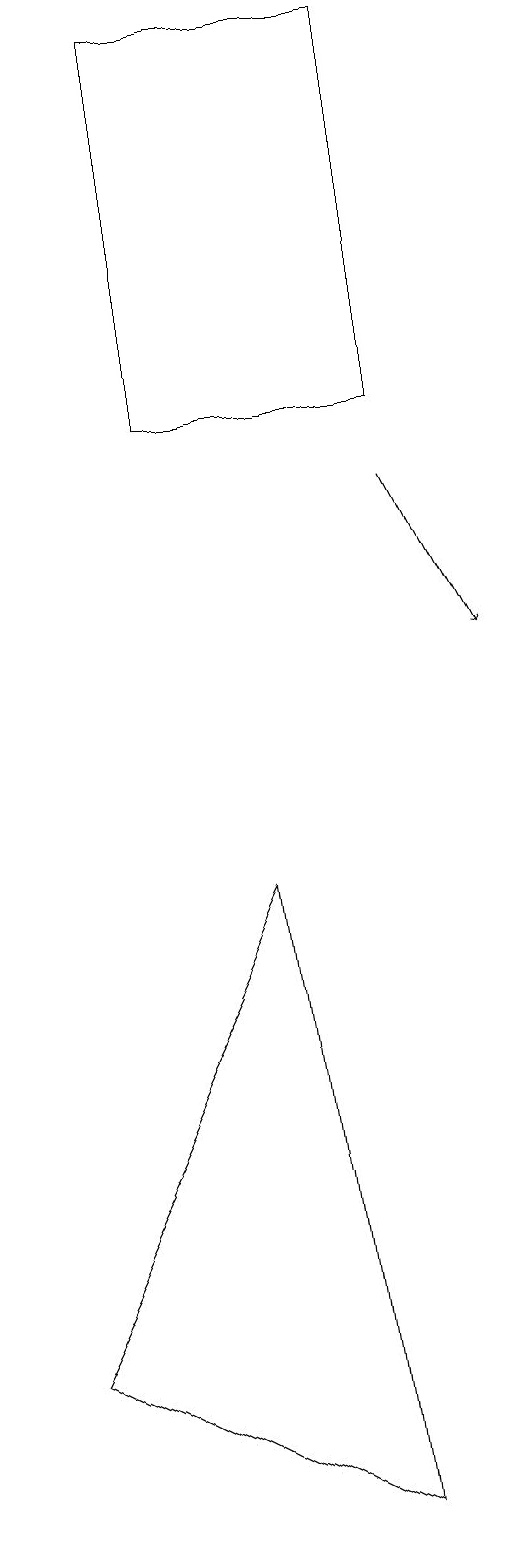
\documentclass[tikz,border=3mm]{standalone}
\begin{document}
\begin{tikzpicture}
\draw (1,2) -- (5,0) -- (4,8) -- cycle;
\draw[->] (6,13) -- (7,11);
\draw (6,14) rectangle (3,19);
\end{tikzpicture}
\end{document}